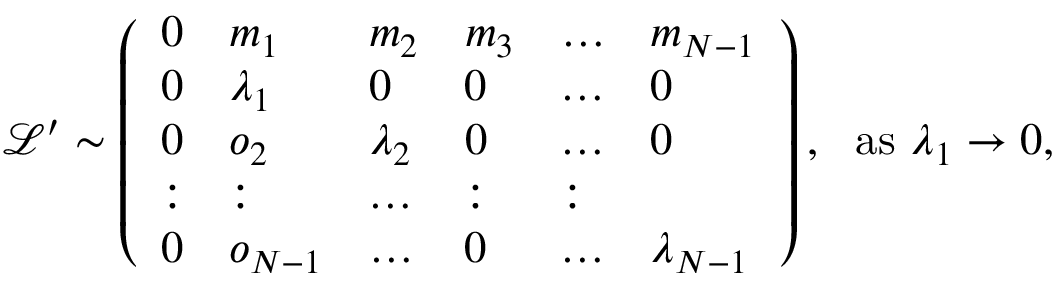
\begin{array} { r } { \! \! \! \mathcal { L } ^ { \prime } \sim \left( \begin{array} { l l l l l l } { 0 } & { m _ { 1 } } & { m _ { 2 } } & { m _ { 3 } } & { \dots } & { m _ { N - 1 } } \\ { 0 } & { \lambda _ { 1 } } & { 0 } & { 0 } & { \dots } & { 0 } \\ { 0 } & { o _ { 2 } } & { \lambda _ { 2 } } & { 0 } & { \dots } & { 0 } \\ { : } & { : } & { \dots } & { : } & { : } \\ { 0 } & { o _ { N - 1 } } & { \dots } & { 0 } & { \dots } & { \lambda _ { N - 1 } } \end{array} \right) , ~ ~ \mathrm { a s } ~ \lambda _ { 1 } \rightarrow 0 , } \end{array}